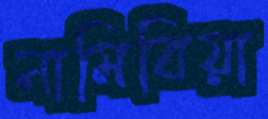
নামিবিয়া